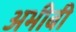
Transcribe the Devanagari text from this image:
अभीबी